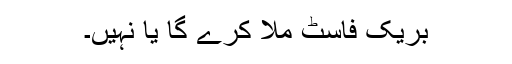
بریک فاسٹ ملا کرے گا یا نہیں۔